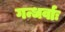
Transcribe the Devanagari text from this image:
गन्धर्वाः